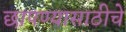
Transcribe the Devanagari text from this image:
छापण्यासाठीचे